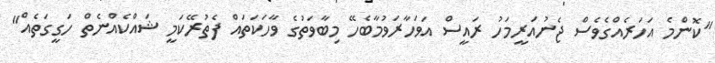
"ކޮންމެ އަހަރެއްގެވެސް ޖެނުއަރީމަހު ރައީސް އަވަހާރަވުމާބެހޭ މިބާވަތުގެ ވާހަކަތައް ފެތުރޭކަމީ ޝައްކެއްނެތް ހަގީގަތެއް"